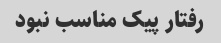
رفتار پیک مناسب نبود